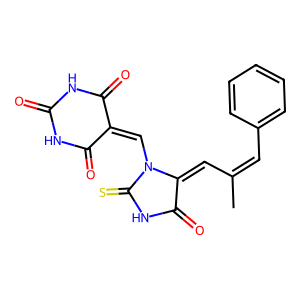
SMILES: CC(=Cc1ccccc1)C=C1C(=O)NC(=S)N1C=C1C(=O)NC(=O)NC1=O
Inhibits HIV replication: No